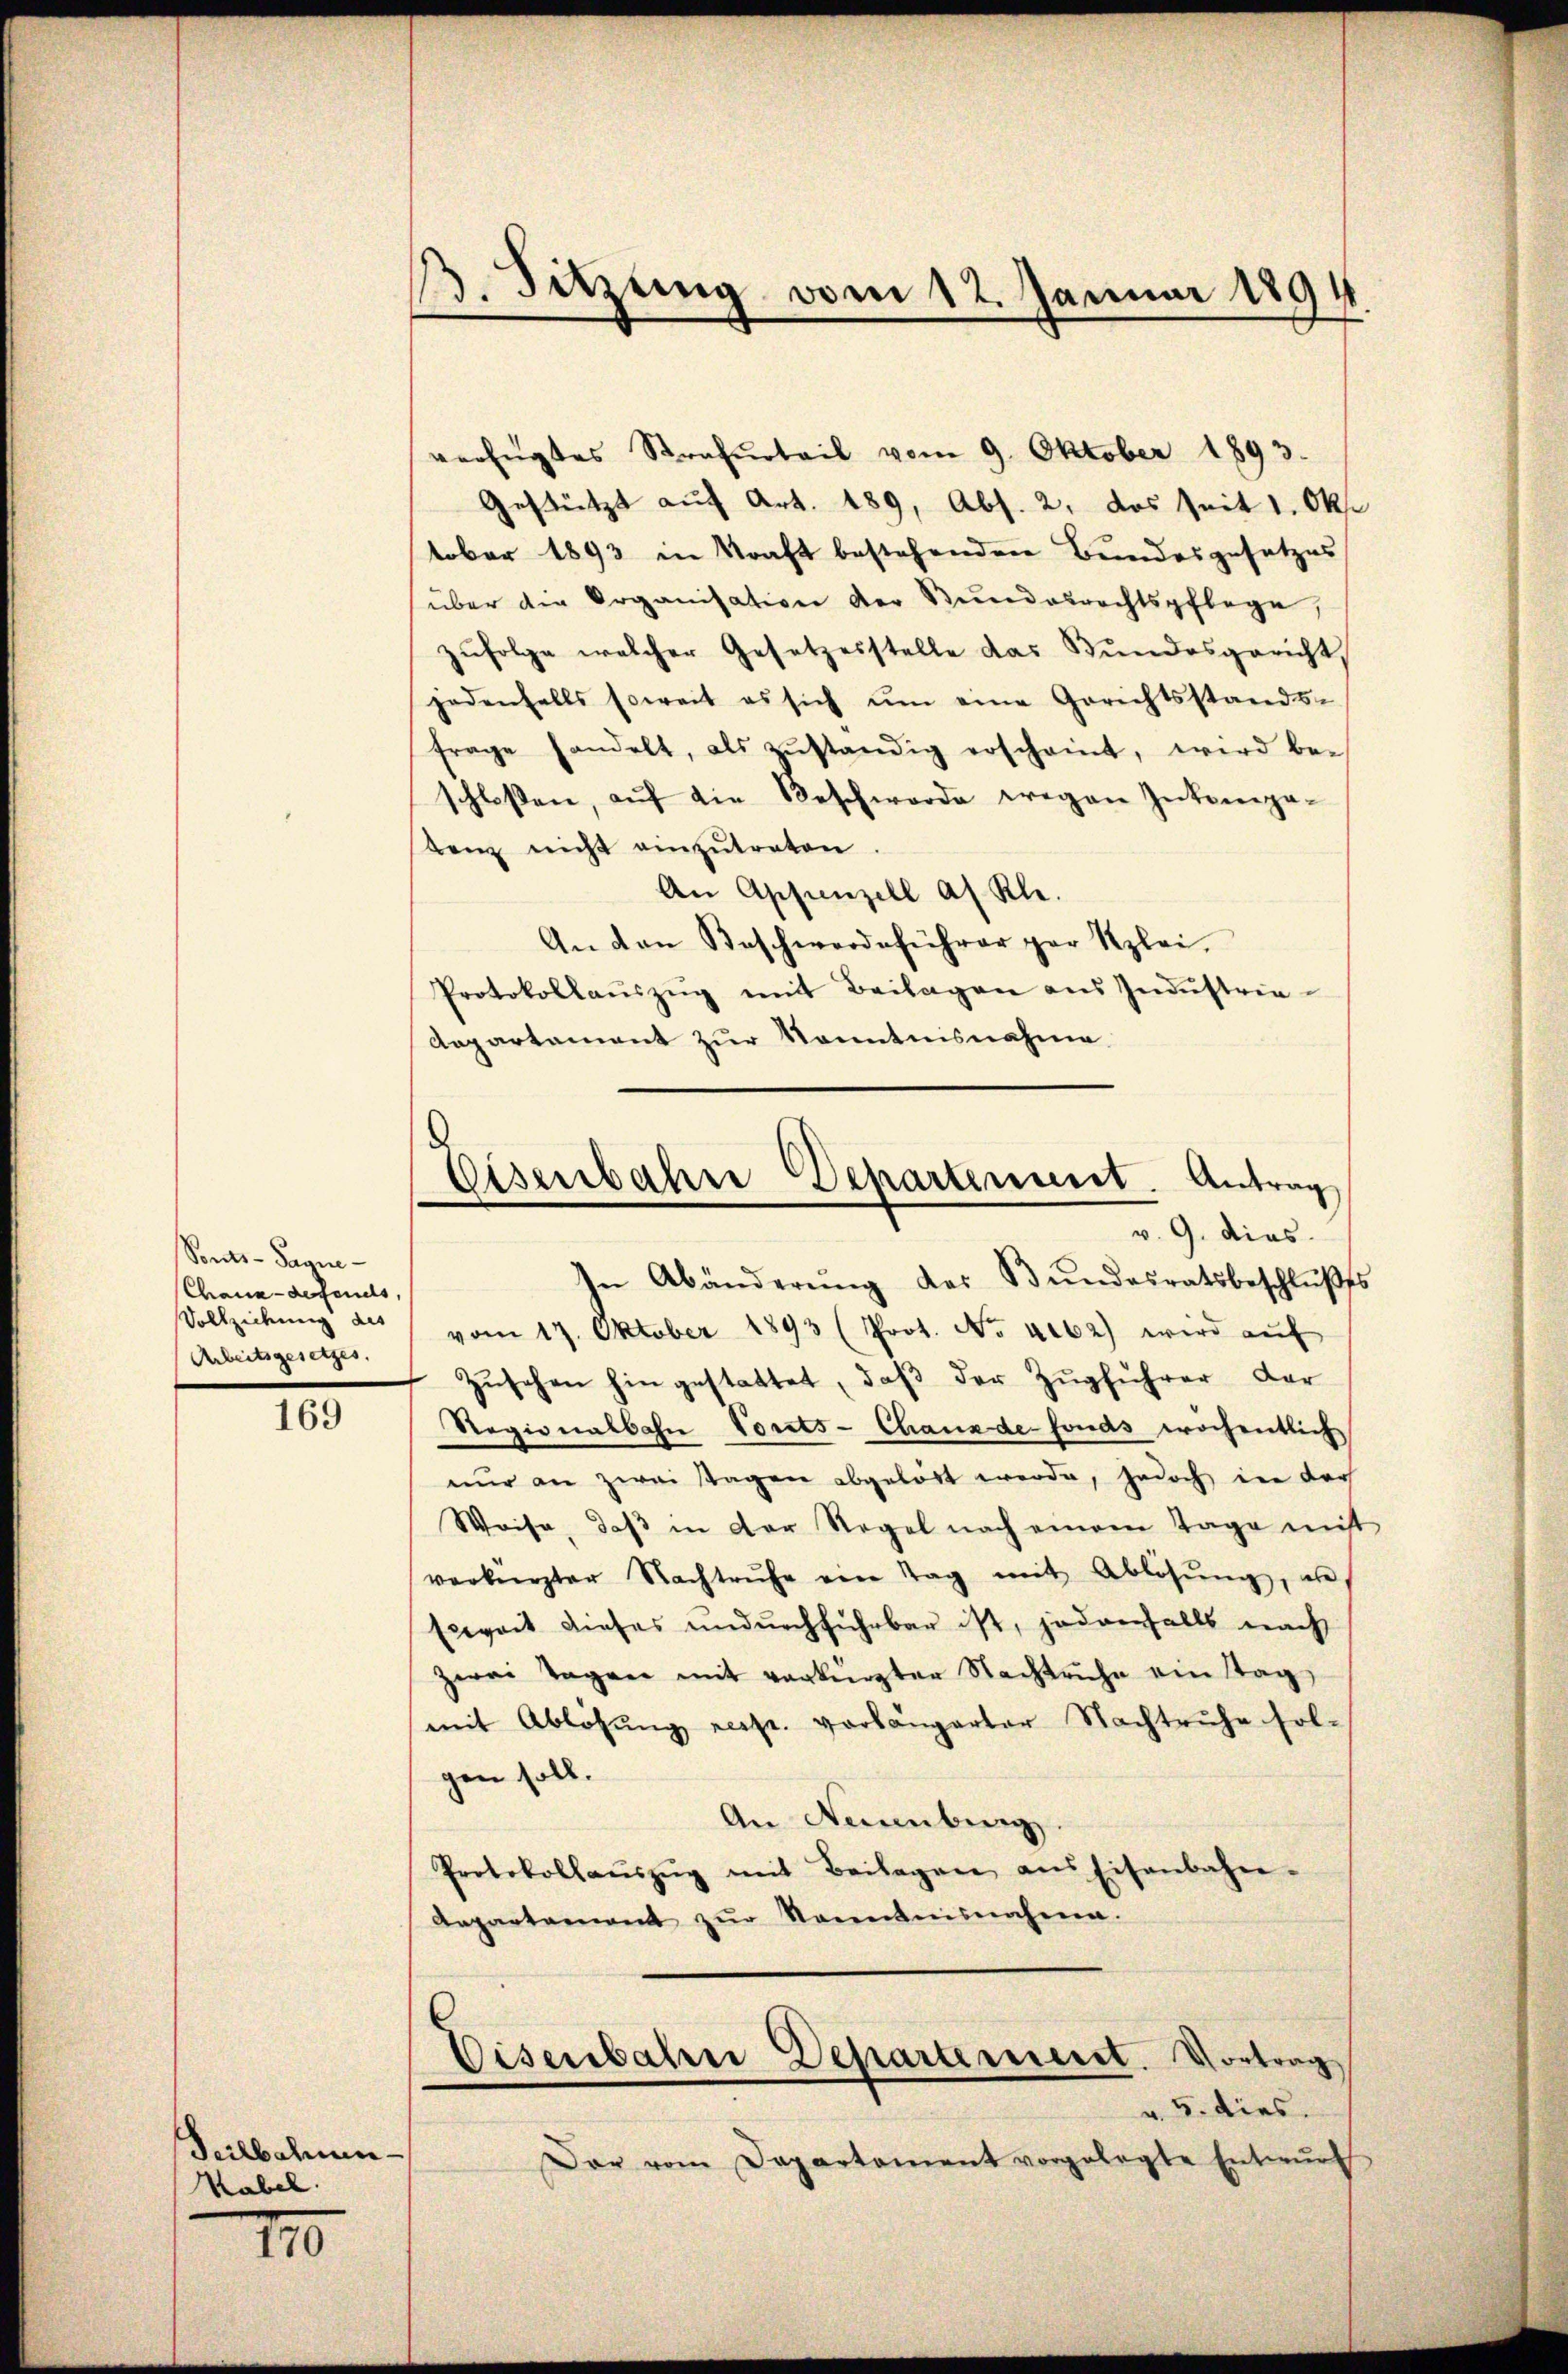
Sonts-Pagnie-
Chaux-defernels,
Vollziehung des
Arbeitsgesetzes.

169

Teilbahnen.
Kabel.

170

verfügtes Strafurteil vom 9. Oktober 1893.
Gestützt auf Art. 489, Abs. 2, das Zeit 1. Okt
tober 1893 in Kraft bestehenden Bundesgesetzes
über die Organisation der Bŭndesrechtspflege,
zŭfolge welcher Gesetzesstelle das Bŭndesgericht,
jedenfalls soweit es sich ŭm eine Gerichtsstands-
frage handelt, als zŭständig erscheint, wird be-
schlossen, aŭf die Beschwerde wegen Intempe-
tenz nicht einzutraten
An Appenzell an Kle
An den Beschwerdeführer gar Rzlei.
Protokollaŭszŭg mit Beilagen ans Indŭstria-
Aepartement zur Kenntnisnahme

B. Sitzung vom 12. Januar 1891

Eisenbahre Departement. Antrag
v. 9. dies

In Abänderŭng des Bŭndesratsbeschlŭβes
vom 17. Oktober 1893 (Prot. No 4062) wird aŭf
Zŭsehen hin gestattet, daβ der Zŭgführer dar
Regionalbahn Vorts-Chaux de fonds wöchentlich
nŭr an zwei Tagen abgelöst werde, jedoch in der
Weise, daβ in der Regel nach einem Tage mit
verkerster Nachtruhe eine Tag mit Ablösung, abe
Exwert dieses undurchführbar ist, jedenfalls nach
zwei Tagen mit verkürzter Nachtruhe ein Tag,
mit Ablösung resp. vorlängerter Nachtruhe sol-
gen soll.
An Neuenburg.
Protokollaŭszŭg mit Beilagen ans Eisenbahn-
Anpartement zŭr Kenntnisnahme.
Eisenbahn Departement. Vortrag
v. 5. dies.
Dar vom Departement vorgelegte Entwŭrf